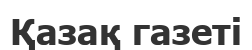
Қазақ газеті